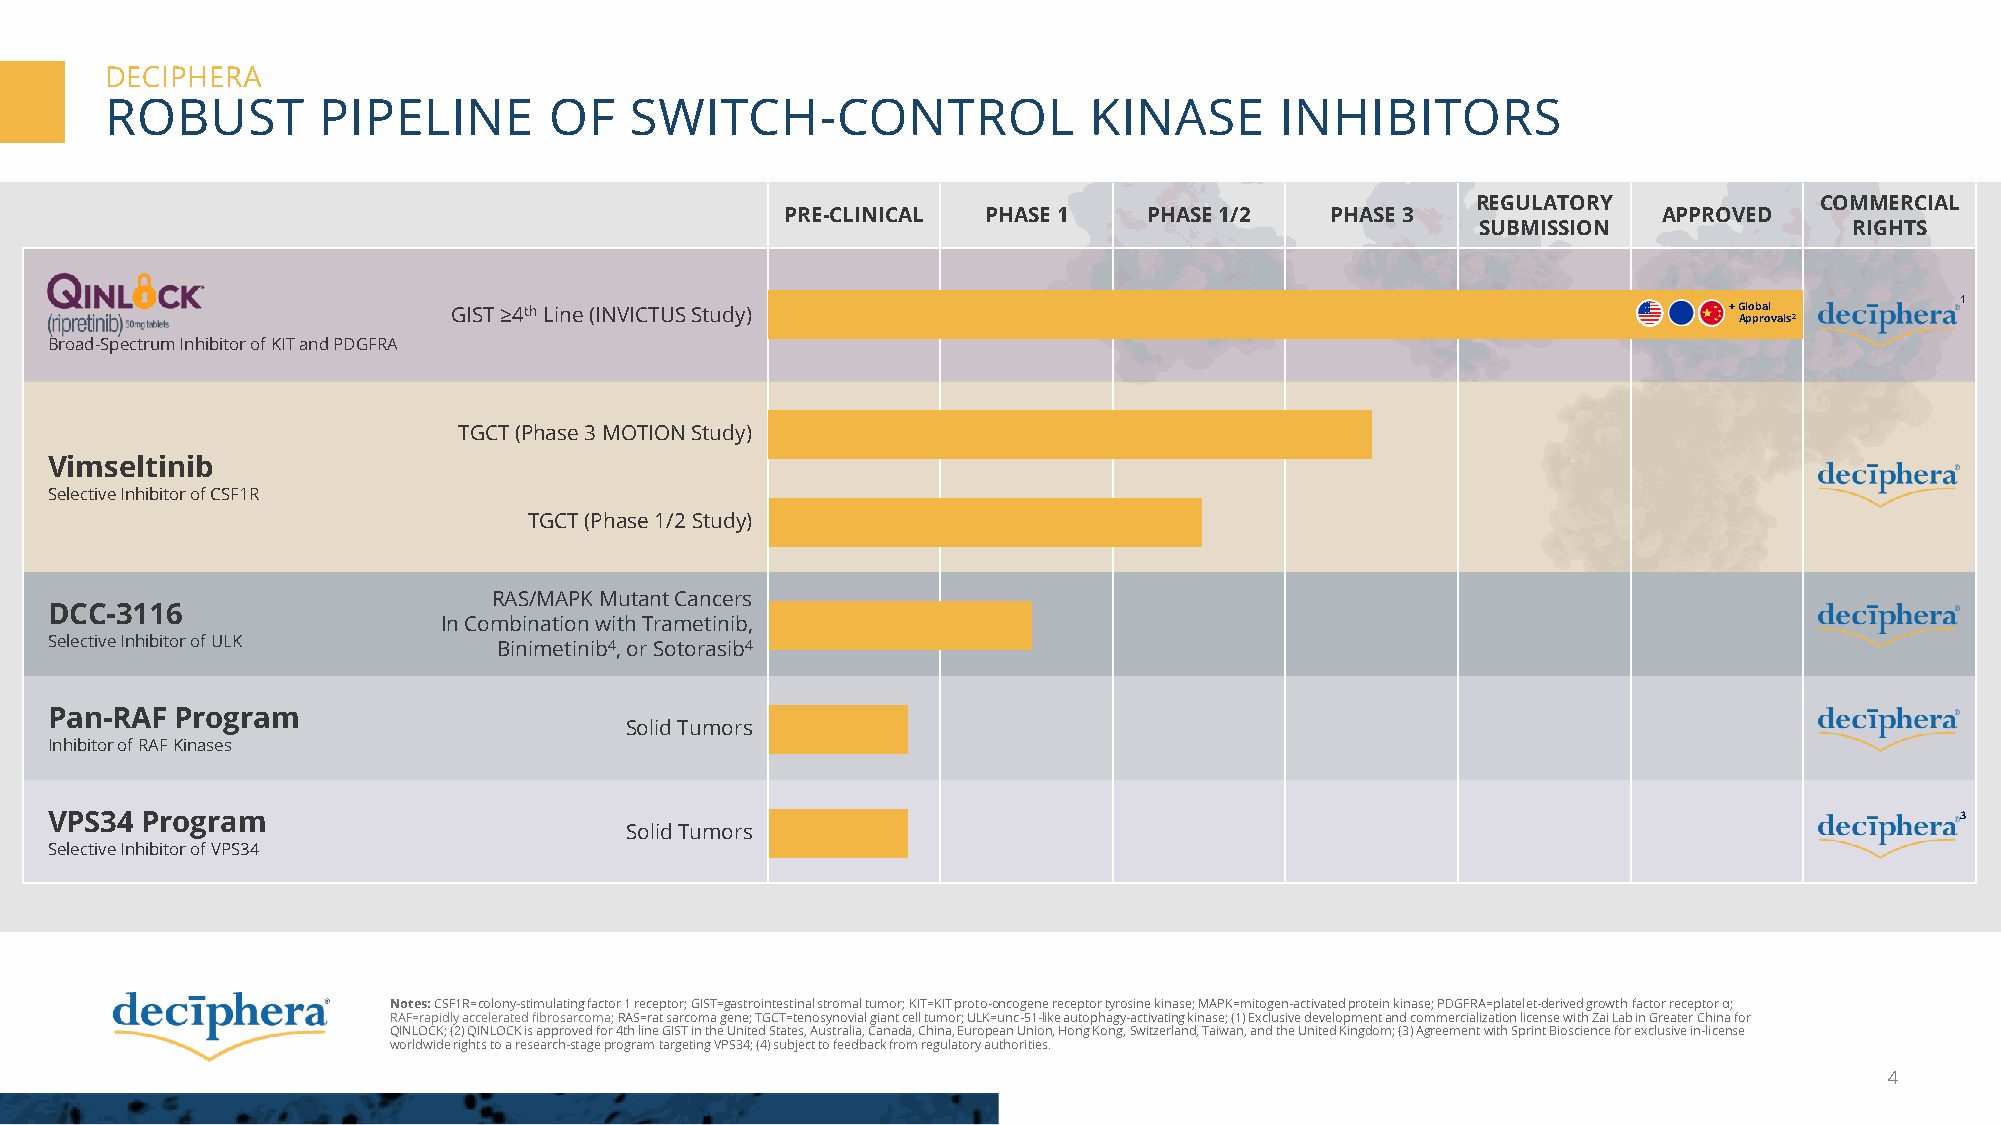
DECIPHERA
 ROBUST        PIPELINE       OF    SWITCH-CONTROL                KINASE       INHIBITORS
 REGULATORY            COMMERCIAL
 PRE-CLINICAL PHASE 1    PHASE 1/2   PHASE 3               APPROVED
 SUBMISSION               RIGHTS
 1
 GIST ≥4thLine (INVICTUS Study)                                                      + Global
 Approvals2
 Broad-Spectrum Inhibitor of KIT and PDGFRA
 TGCT (Phase 3 MOTION Study)
 Vimseltinib
 Selective Inhibitor of CSF1R
 TGCT (Phase 1/2 Study)
 RAS/MAPK Mutant Cancers
 DCC-3116
 In Combination with Trametinib,
 Selective Inhibitor of ULK    Binimetinib4, or Sotorasib4
 Pan-RAF  Program
 Solid Tumors
 Inhibitor of RAF Kinases
 VPS34 Program                                                                                                                  3
 Solid Tumors
 Selective Inhibitor of VPS34
 Notes: CSF1R=colony-stimulatingfactor 1 receptor; GIST=gastrointestinal stromal tumor; KIT=KIT proto-oncogene receptor tyrosine kinase; MAPK=mitogen-activatedprotein kinase; PDGFRA=platelet-derived growth factor receptor α;
 RAF=rapidly accelerated fibrosarcoma; RAS=rat sarcoma gene; TGCT=tenosynovial giant cell tumor; ULK=unc-51-like autophagy-activating kinase; (1) Exclusive developmentand commercialization license with ZaiLab in Greater China for
 QINLOCK; (2) QINLOCK is approved for 4th line GIST in the United States, Australia, Canada, China, European Union, Hong Kong,Switzerland, Taiwan, and the United Kingdom; (3) Agreementwith Sprint Bioscience for exclusive in-license
 worldwide rights to a research-stage program targeting VPS34; (4) subject to feedback from regulatory authorities.
 4